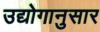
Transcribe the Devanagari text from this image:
उद्योगानुसार